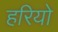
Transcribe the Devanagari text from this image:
हरियो